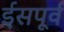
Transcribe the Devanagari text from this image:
ईसपूर्व